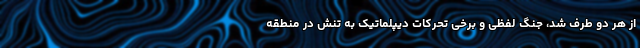
از هر دو طرف شد، جنگ لفظی و برخی تحرکات دیپلماتیک به تنش در منطقه